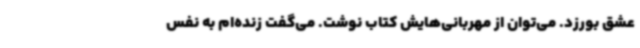
عشق بورزد. می‌توان از مهربانی‌هایش کتاب نوشت. می‌گفت زنده‌ام به نفس